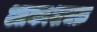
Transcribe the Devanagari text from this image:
आकाशचक्र